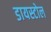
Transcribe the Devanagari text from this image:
डायस्टोल